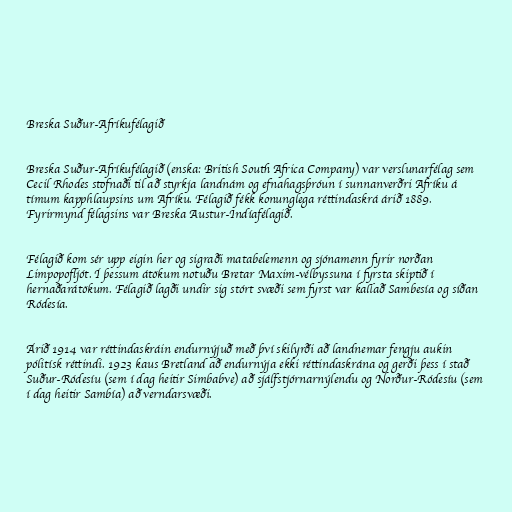
Breska Suður-Afríkufélagið

Breska Suður-Afríkufélagið (enska: British South Africa Company) var verslunarfélag sem
Cecil Rhodes stofnaði til að styrkja landnám og efnahagsþróun í sunnanverðri Afríku á
tímum kapphlaupsins um Afríku. Félagið fékk konunglega réttindaskrá árið 1889.
Fyrirmynd félagsins var Breska Austur-Indíafélagið.

Félagið kom sér upp eigin her og sigraði matabelemenn og sjónamenn fyrir norðan
Limpopofljót. Í þessum átökum notuðu Bretar Maxim-vélbyssuna í fyrsta skiptið í
hernaðarátökum. Félagið lagði undir sig stórt svæði sem fyrst var kallað Sambesía og síðan
Ródesía.

Árið 1914 var réttindaskráin endurnýjuð með því skilyrði að landnemar fengju aukin
pólitísk réttindi. 1923 kaus Bretland að endurnýja ekki réttindaskrána og gerði þess í stað
Suður-Ródesíu (sem í dag heitir Simbabve) að sjálfstjórnarnýlendu og Norður-Ródesíu (sem
í dag heitir Sambía) að verndarsvæði.